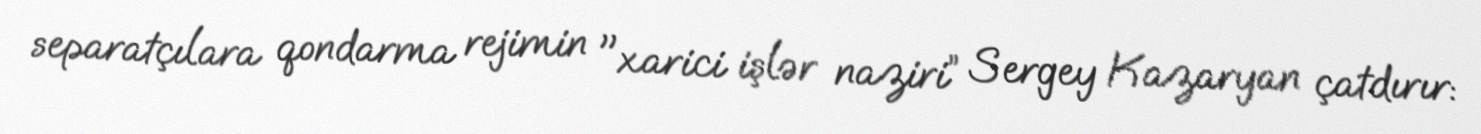
separatçılara qondarma rejimin "xarici işlər naziri” Sergey Kazaryan çatdırır: